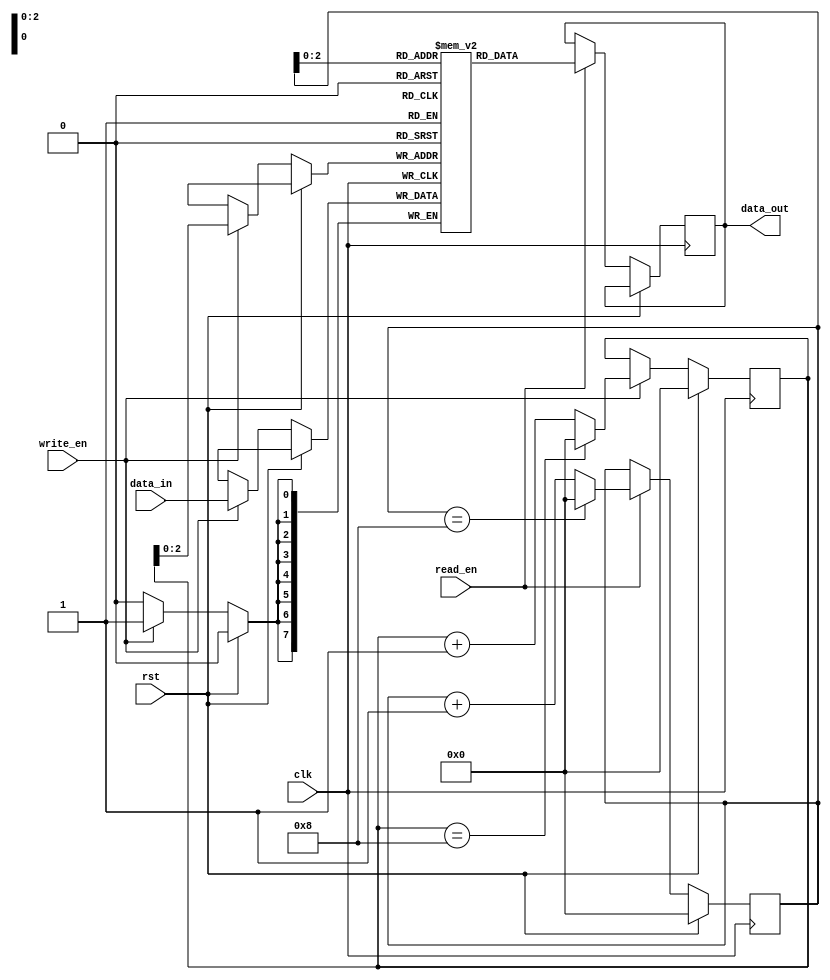
module LastWordFallThroughFIFO (
    input wire clk,
    input wire rst,
    input wire write_en,
    input wire read_en,
    input wire [DATA_WIDTH-1:0] data_in,
    output reg [DATA_WIDTH-1:0] data_out
);

parameter DEPTH = 8;
parameter DATA_WIDTH = 8;

reg [DATA_WIDTH-1:0] fifo [0:DEPTH-1];
reg [DEPTH-1:0] wr_ptr, rd_ptr;
reg [DATA_WIDTH-1:0] last_word;

always @ (posedge clk) begin
    if (rst) begin
        wr_ptr <= 0;
        rd_ptr <= 0;
    end else begin
        if (write_en) begin
            fifo[wr_ptr] <= data_in;
            wr_ptr <= wr_ptr + 1;
            if (wr_ptr == DEPTH) begin
                wr_ptr <= 0;
            end
            last_word <= data_in;
        end
        if (read_en) begin
            data_out <= fifo[rd_ptr];
            rd_ptr <= rd_ptr + 1;
            if (rd_ptr == DEPTH) begin
                rd_ptr <= 0;
            end
        end
    end
end

endmodule